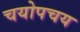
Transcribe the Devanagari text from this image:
चयोपचय